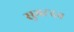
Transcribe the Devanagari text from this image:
सुभटदत्त